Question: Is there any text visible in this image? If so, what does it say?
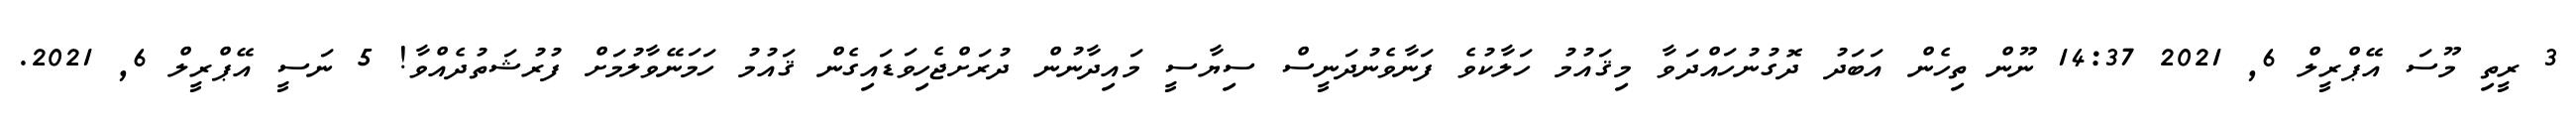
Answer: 3 ރީތި މޫސަ އޭޕްރީލް 6, 2021 14:37 ނޫން ތިހެން އަބަދު ދޮގުނުހައްދަވާ މިޤައުމު ހަލާކުވެ ފަނާވެނުދަނީސް ސިޔާސީ މައިދާނުން ދުރަށްޖެހިވަޑައިގެން ޤައުމު ހަމަނޭވާލުމަށް ފުރުޝަތުދެއްވާ! 5 ނަސީ އޭޕްރީލް 6, 2021.